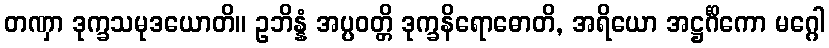
တဏှာ ဒုက္ခသမုဒယောတိ။ ဥဘိန္နံ အပ္ပဝတ္တိ ဒုက္ခနိရောဓောတိ, အရိယော အဋ္ဌင်္ဂိကော မဂ္ဂေါ